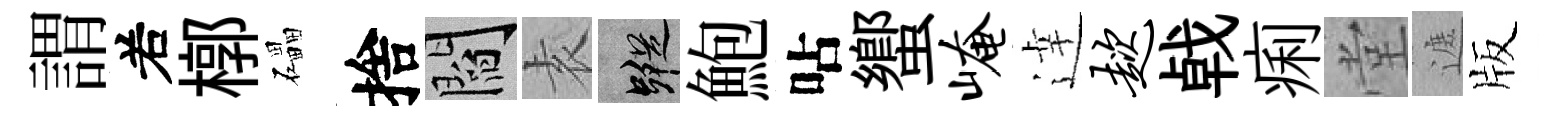
謂𠰥槨礧捨閻𡊮蹤鮑呫蠁崦逹趑㦸痢堂遮版